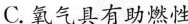
C.氧气具有助燃性